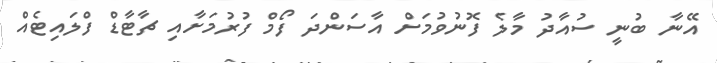
އޭނާ ބުނީ ސުއާދު މާލެ ފޮނުވުމަށް އާސަންދަ ފޯމް ފުރުމަށާއި ޗާޓާޑް ފްލައިޓެއް